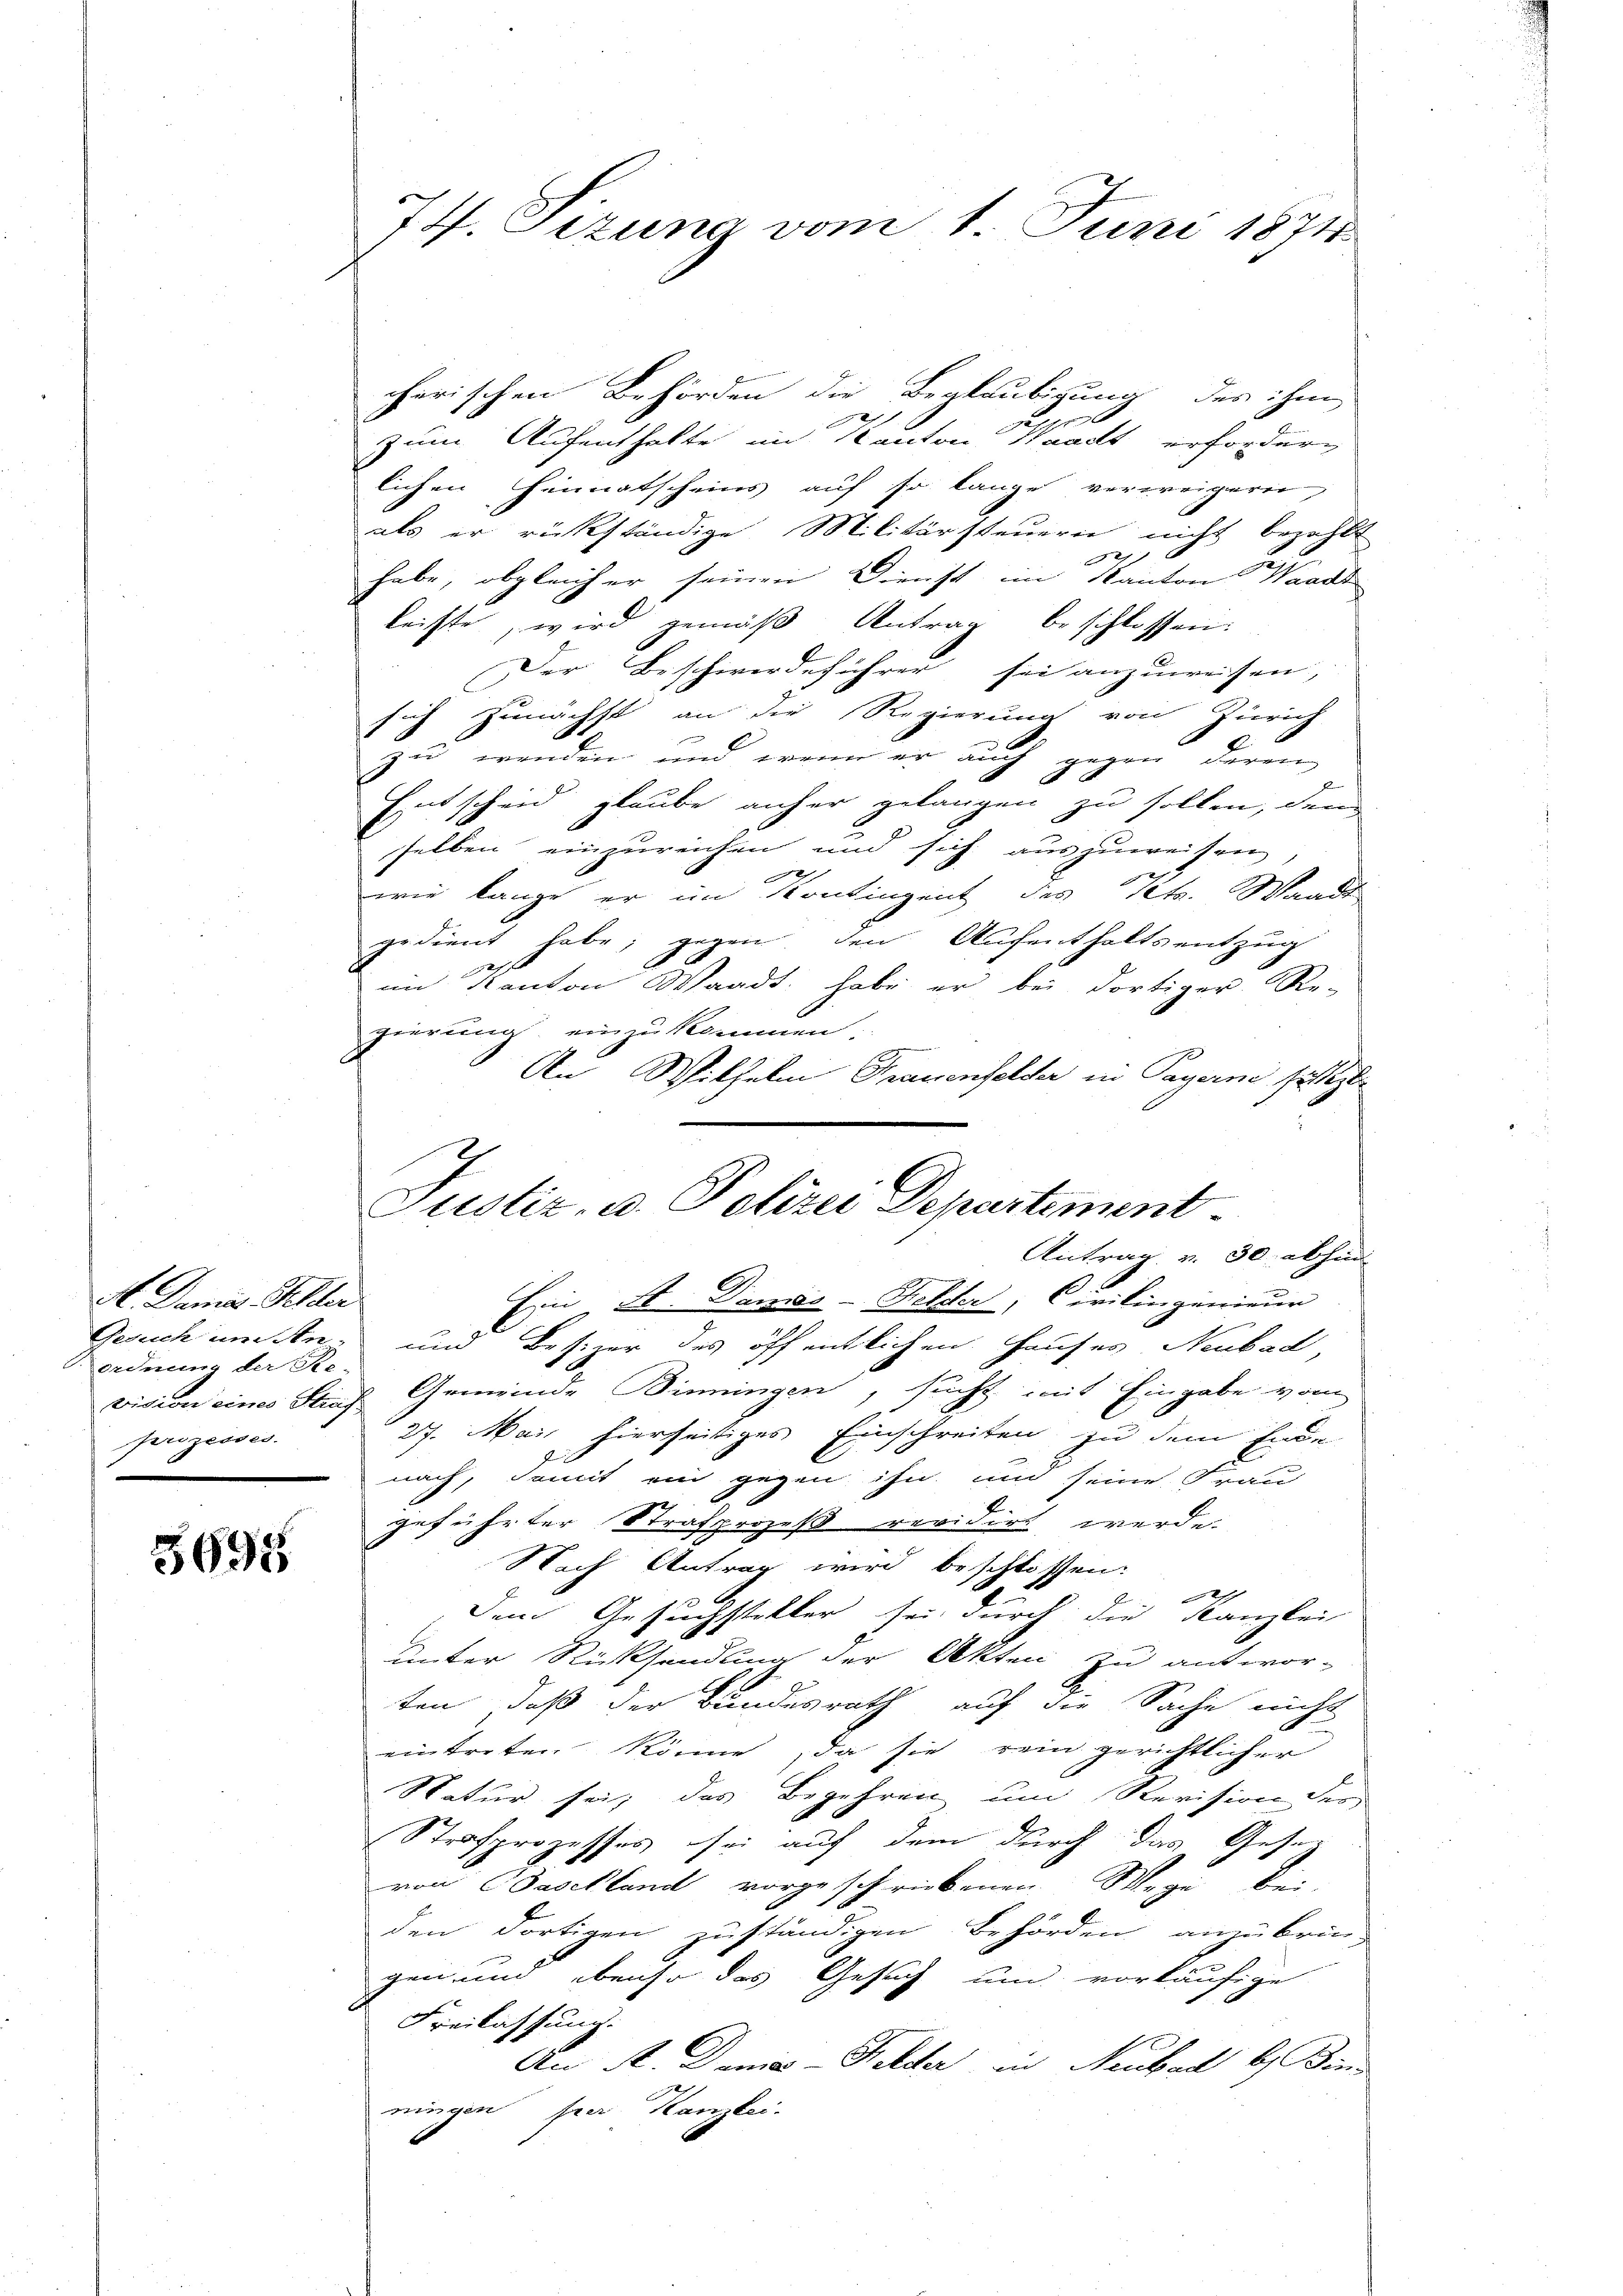
A. Damit Schler
ordnung der Se-
prizesses

5695

74. Sizung vom 1. Juni 1874.

cherischen Behörden die Beglaubigung des ihm
l
zum Aufenthalte im Kanton Waadt erfordern
lichen Heimatscheins auf so lange verweigern,
als er rückständige Militärsteuern nicht bezahlt
2
e
habe, obgleicher seinen Dienst im Kanton Waadt
leiste, wird gemäß Antrag beschlossen:
Der Beschwerdeführer sei anzuweisen,
sich zunächst an die Regierung von Zürich
zu wenden und wenn er auch gegen deren
Entscheid glaube anher gelangen zu sollen, den
selben einzureichen und sich auszuweisen,
817
wie lange er im Kontingent des Kt. Waadt
gedient habe; gegen, den Aufenthalts entzug
im Kanton Waadt: habe er bei dortiger Re-
gierung einzukommen.
An Wilhelm Frauenfelder in Payerne setzt.
Ein A. Damas-Felder, Civilingenieur
Gesuch und An- und Besizer des öffentlichen Hauses Neubad,
vision eines Fach Gemeinde Binningen, sucht mit Eingabe vom
27. Mai hierseitiges Einschreiten zu dem Ende
nach, damit ein gegen ihn und seine Frau
geführter Strafprozeß revidirt werde.
Nach Antrag wird beschlossen:
2
Dem Gesuchsteller sei, durch die Kanzlei
unter Rücksendung der Akten zu antwor-
ten, daß der Bundesrath auf die Sache nicht
eintreten könne, da sie rein gerichtlicher
Natur sei; das Begehren um Revision der
Strafprozesses sei auf dem durch das Gesetz
von Baschland vorgeschriebenen Wege bei.
den dortigen zuständigen Behörden anzubrin-
gen und ebenso das Gesuch und vorläufige
Freilassung.
An A. Demis-Felder in Neubad b. Der
ningen per Kanzlei.

Justiz, u. Polizei Departement
Antrag v. 30. abhin